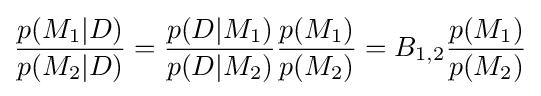
{\frac {p(M_{1}|D)}{p(M_{2}|D)}}={\frac {p(D|M_{1})}{p(D|M_{2})}}{\frac {p(M_{1})}{p(M_{2})}}=B_{1,2}{\frac {p(M_{1})}{p(M_{2})}}